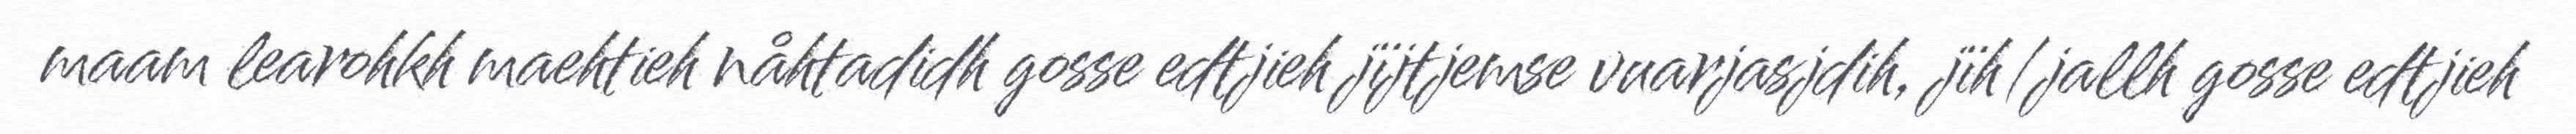
maam learohkh maehtieh nåhtadidh gosse edtjieh jïjtjemse vuarjasjdih, jïh/jallh gosse edtjieh